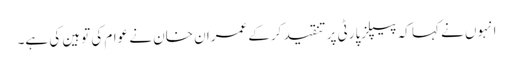
انہوں نے کہا کہ پیپلزپارٹی پر تنقید کرکے عمران خان نے عوام کی توہین کی ہے۔